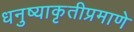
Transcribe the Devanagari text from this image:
धनुष्याकृतीप्रमाणे